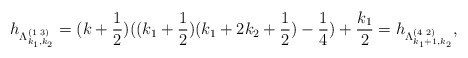
\begin{align*}h_{\Lambda^{(1\,\,3)}_{k_1,k_2}}=(k+\frac{1}{2}) ((k_1+\frac{1}{2}) (k_1+2k_2+\frac{1}{2}) -\frac{1}{4})+ \frac{k_1}{2} = h_{\Lambda^{(4\,\,2)}_{k_1+1,k_2}},\end{align*}